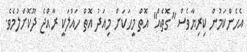
އެހެންކަމުން ކިރިޔާވެސް "ގޮތެއް" އޮތް މީހަކަށް މިއަދު އޮތް ހައްލަކީ ރާއްޖެ ދޫކޮށްލުމެވެ.